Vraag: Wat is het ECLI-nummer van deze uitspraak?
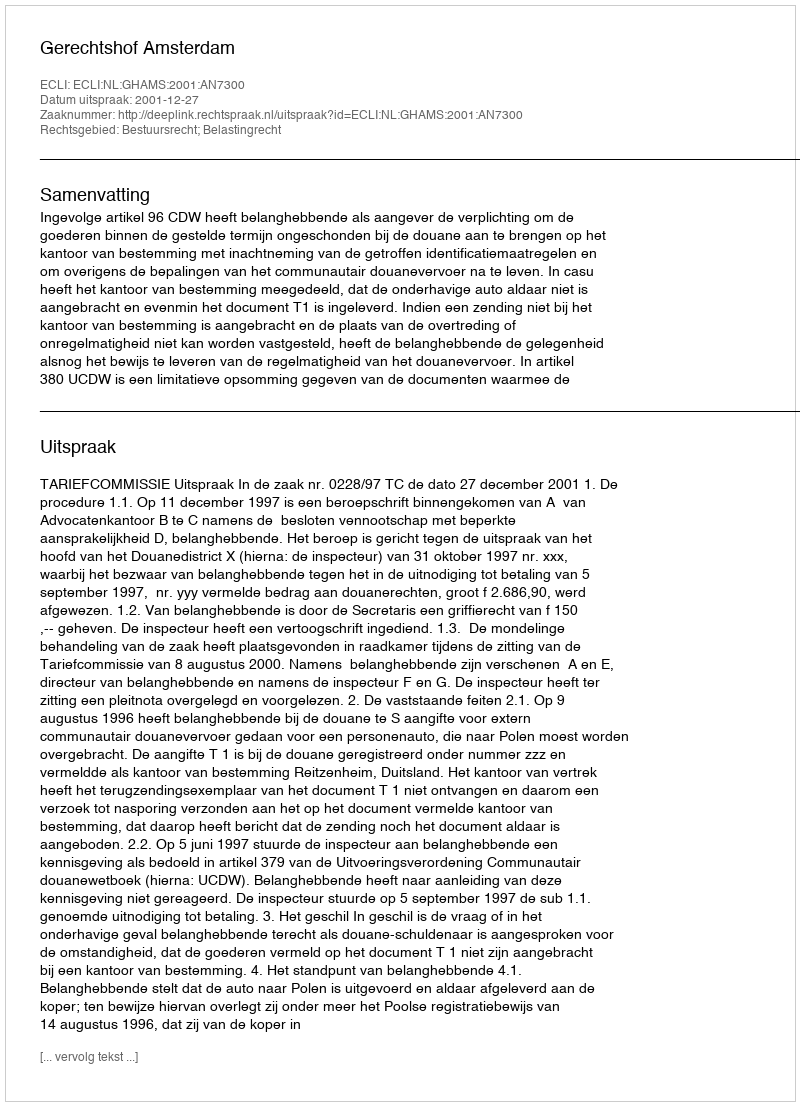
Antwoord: ECLI:NL:GHAMS:2001:AN7300